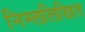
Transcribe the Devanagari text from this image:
निम्ललिखित